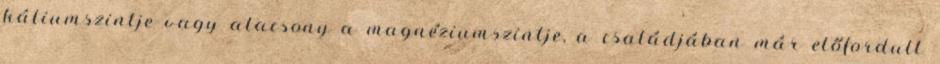
káliumszintje vagy alacsony a magnéziumszintje, a családjában már előfordult